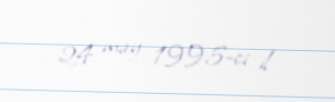
24 may 1995-ci il